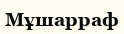
Мұшарраф